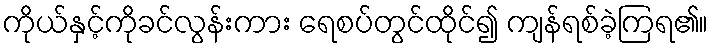
ကိုယ်နှင့်ကိုခင်လွန်းကား ရေစပ်တွင်ထိုင်၍ ကျန်ရစ်ခဲ့ကြရ၏။